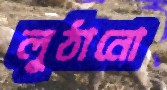
লুঠানো